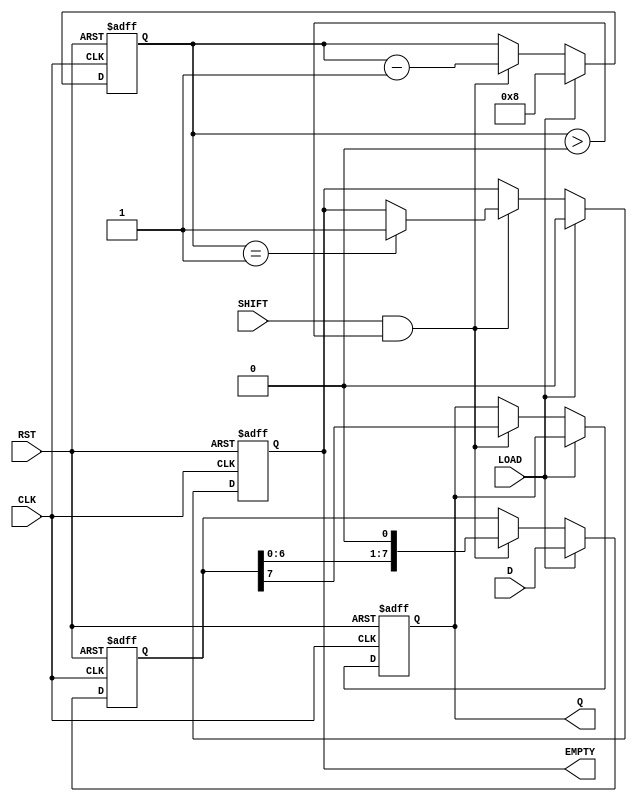
module PISO_Register #(
    parameter WIDTH = 8  // Configurable width of the register
)(
    input wire [WIDTH-1:0] D,     // Parallel Data Input
    input wire LOAD,                // Load Signal
    input wire SHIFT,               // Shift Signal
    input wire CLK,                 // Clock Signal
    input wire RST,                 // Reset Signal
    output reg Q,                   // Serial Output
    output reg EMPTY                // Empty Signal
);

    // Internal register to hold the parallel data
    reg [WIDTH-1:0] shift_reg;
    reg [3:0] count;  // Count the shifted bits

    // Asynchronous reset and loading logic
    always @(posedge CLK or posedge RST) begin
        if (RST) begin
            shift_reg <= {WIDTH{1'b0}}; // Clear shift register
            Q <= 1'b0;                 // Reset serial output
            EMPTY <= 1'b1;             // Initially, the register is empty
            count <= 0;                // Reset the bit count
        end else if (LOAD) begin
            shift_reg <= D;            // Load parallel data
            EMPTY <= 1'b0;             // Set empty to false when loading data
            count <= WIDTH;            // Initialize count to width
        end else if (SHIFT && count > 0) begin
            Q <= shift_reg[WIDTH-1];   // Output MSB
            shift_reg <= {shift_reg[WIDTH-2:0], 1'b0}; // Shift left
            count <= count - 1;        // Decrement the count
            // Check if it is empty after shifting
            if (count == 1) begin
                EMPTY <= 1'b1;          // Set empty signal when no bits are left
            end
        end
    end

endmodule